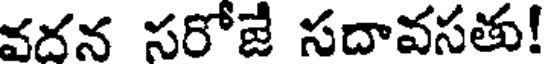
వదన సరోజే సదావసతు!